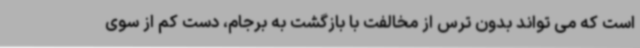
است که می تواند بدون ترس از مخالفت با بازگشت به برجام، دست کم از سوی